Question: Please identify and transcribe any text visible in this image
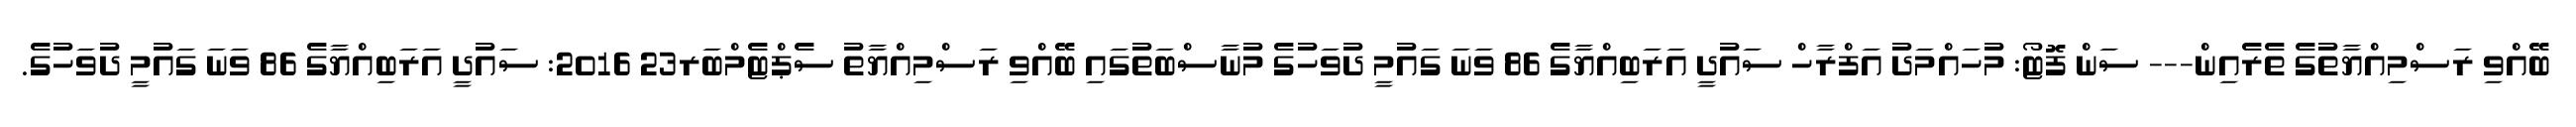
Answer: ބޭއްވި ރަސްމިއްޔާތުގެ ތެރެއިން--- ސަން ފޮޓޯ: މުހައްމަދު އަފްރާހް ސައުދީ އަރަބިއްޔާގެ 86 ވަނަ ގައުމީ ދުވަހުގެ މުނާސްބަތުގައި ބޭއްވި ރަސްމިއްޔާތު ސެޕްޓެމްބަރ23 2016: ސައުދީ އަރަބިއްޔާގެ 86 ވަނަ ގައުމީ ދުވަހުގެ.